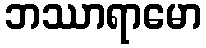
ဘဿာရာမော